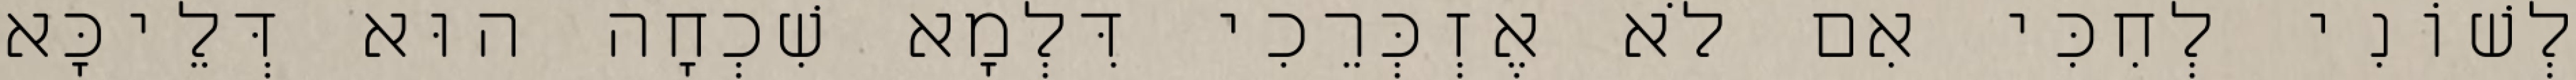
לְשׁוֹנִי לְחִכִּי אִם לֹא אֶזְכְּרֵכִי דִּלְמָא שִׁכְחָה הוּא דְּלֵיכָּא